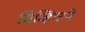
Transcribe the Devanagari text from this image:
चिव्हिंग्टने